Civil Veterinary Dept. Bombay admin report 1900-1906 - 1900-1906
Year: 1900
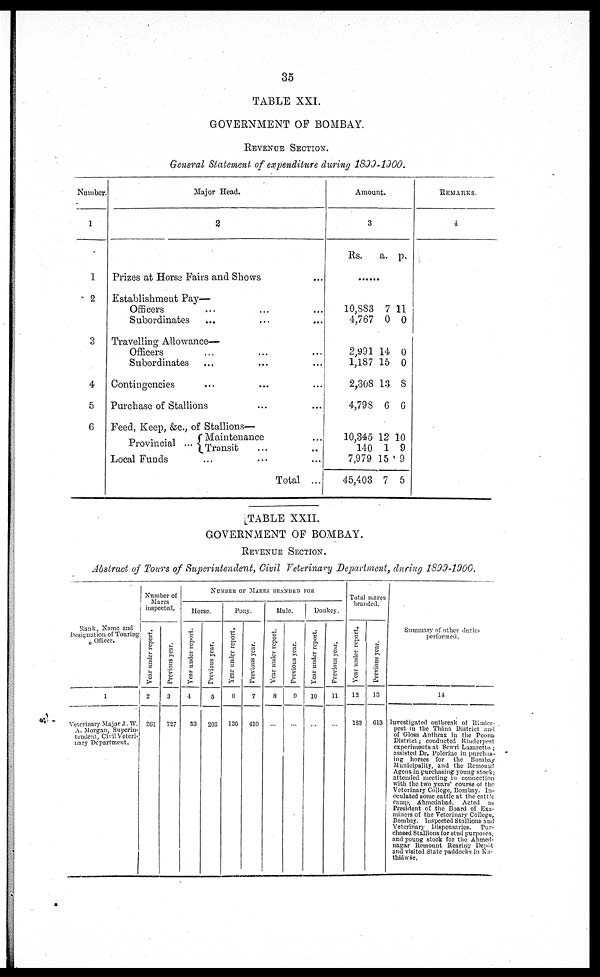
35
TABLE XXI.
GOVERNMENT OF BOMBAY.
REVENUE SECTION.
General Statement of expenditure during 1899-1900.
Number.
1
1
2
3
4
5
6
Major Head.
2
Prizes at Horse Fairs and Shows ...
Establishment Pay—
Officers ... ... ...
Subordinates ... ... ...
Travelling Allowance—
Officers ... ... ...
Subordinates ... ... ...
Contingencies ... ... ...
Purchase of Stallions ... ...
Feed, Keep, &c., of Stallions—
Provincial ... Maintenance ...
Transit
Local Funds ... ... ...
Total ...
Amount.
3
Rs.
a. p.
......
10,883
4,767
7
0
11
0
........
2,991
1,187
2,308
4,798
14
15
13
6
0
0
8
6
.......
10,345
140
7,979
45,403
12
1
15
7
10
9
9
5
REMARKS.
4
TABLE XXII.
GOVERNMENT OF BOMBAY.
REVENUE SECTION.
Abstract of Tours of Superintendent, Civil Veterinary Department, during 1899-1900.
Bank, Name and
Designation of Touring
Officer.
1
Veterinary Major J. W.
A. Morgan, Superin-
tendent, Civil Veteri-
nary Department,
Number
Mares
inspected.
Year under report.
2
261
Previous year.
3
727
NUMBER OF MARES BRANDED FOR
Horse.
Year under report.
4
53
Previous year.
5
203
Pony.
Year under report.
6
130
Previous year.
7
410
Mule.
Year under report.
8
...
Previous year.
9
...
Donkey.
Year under report.
10
...
Previous year.
11
...
Total mares
branded.
Year under report.
12
183
Previous year.
13
613
Summary of other duties
performed.
14
Investigated outbreak of Rinder-
pest in the Thána District and
of Gloss Anthrax in the Poona
District; conducted Rinderpest
experiments at Sewri Lazaretto;
assisted Dr. Polemic in purchas-
ing horses for
the Bombay
Municipality, and the Remount
Agent in purchasing young stock;
attended meeting in connection
with the two years' course of the
Veterinary College, Bombay. In-
oculated some cattle at the cattle
camp, Ahmedabad, Acted as
President of the Board of Exa-
miners of the Veterinary College,
Bombay. Inspected Stallions and
Veterinary Dispensaries.
Pur-
chased Stallions for stud purposes.
and young stock for the Ahmed-
nagar Remount Rearing Depôt
and visited State paddocks in Ka-
thiáwár.